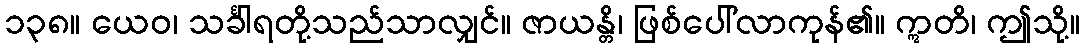
၁၃၈။ ယေဝ၊ သင်္ခါရတို့သည်သာလျှင်။ ဇာယန္တိ၊ ဖြစ်ပေါ်လာကုန်၏။ ဣတိ၊ ဤသို့။